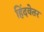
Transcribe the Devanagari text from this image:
हिंदवेतर